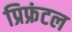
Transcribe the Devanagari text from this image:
प्रिफ्रंटल